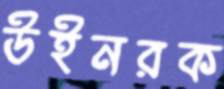
উইনরক